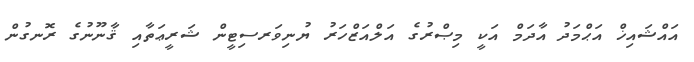
އައްޝައިޚް އަޙްމަދު އާދަމް އަކީ މިޞްރުގެ އަލްއަޒްހަރު ޔުނިވަރސިޓީން ޝަރީޢަތާއި ޤާނޫނުގެ ރޮނގުން